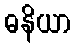
ဓနိယာ